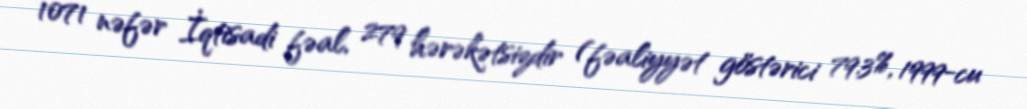
1071 nəfər İqtisadi fəal, 279 hərəkətsizdir (fəaliyyət göstərici 79.3%, 1999-cu